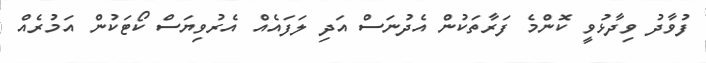
ފުވާދު ވިދާޅުވީ ކޮންމެ ފަރާތަކުން އެދުނަސް އަދި ލަފައެއް އެރުވިޔަސް ކޯޓަކުން އަމުރެއް